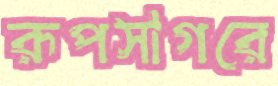
রূপসাগরে